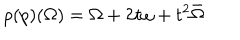
\rho ( p ) ( \Omega ) = \Omega + 2 t \omega + t ^ { 2 } \bar { \Omega }